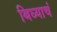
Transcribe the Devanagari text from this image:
बिघ्याचं